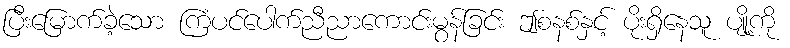
ပြီးမြောက်ခဲ့သော ကြံပင်ပေါက်ညီညာကောင်းမွန်ခြင်း ဤစနစ်နှင့် ပိုးရှိနေသူ ပျို့ကို